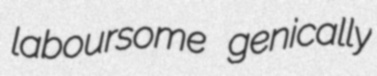
laboursome genically